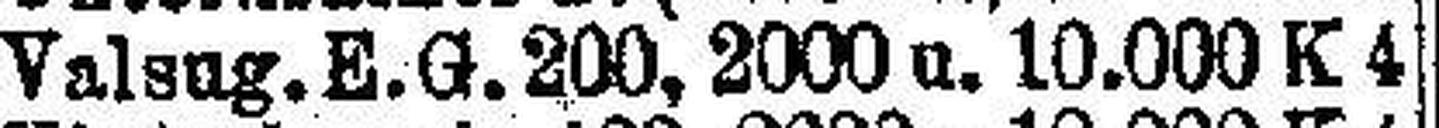
Valsug. E. G. 200. 2000 u. 10.000 K 4